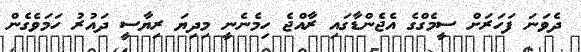
ދެވަނަ ފަހަރަށް ސީމެގްގެ އެޖެންޑާގައި ރާއްޖެ ހިމެނެނީ މިދިޔަ ރިޔާސީ ދައުރު ހަމަވެގެން